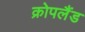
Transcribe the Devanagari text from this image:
क्रोपलैंड